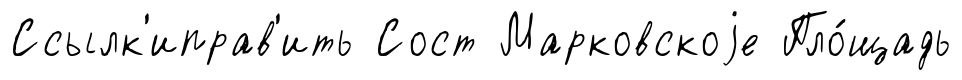
Ссылк'иправ'ить Сост Марковскоjе Пло́щадь